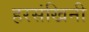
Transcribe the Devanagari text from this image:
हरसंखिनी